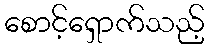
စောင့်ရှောက်သည့်